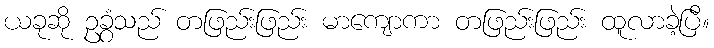
ယခုဆို ဥခွံသည် တဖြည်းဖြည်း မာကျောကာ တဖြည်းဖြည်း ထူလာခဲ့ပြီ။